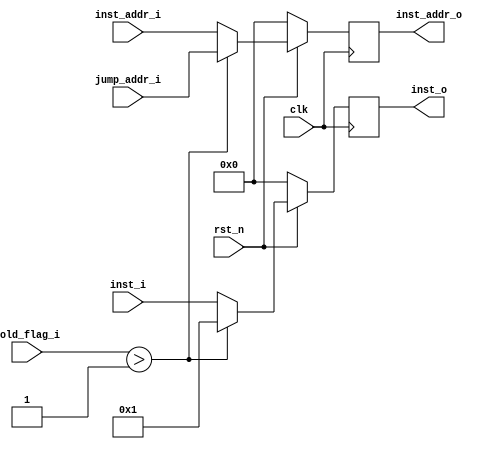
// instruction fetch

module if_id (
    input clk   ,
    input rst_n ,

    input [31:0] inst_addr_i,
    input [31:0] inst_i,
    input [31:0] jump_addr_i,
    input [2:0 ] hold_flag_i,
    output reg [31:0] inst_addr_o,
    output reg [31:0] inst_o
);

always @(posedge clk) begin
    if(!rst_n) begin
        inst_addr_o <= 32'd0;
    end
    else if(hold_flag_i > 3'd1) begin
        inst_addr_o <= jump_addr_i;
    end
    else begin
        inst_addr_o <= inst_addr_i;
    end
end

always @(posedge clk) begin
    if(!rst_n) begin
        inst_o <= 32'd0;
    end
    else if(hold_flag_i > 3'd1) begin
        inst_o <= 32'd1;
    end
    else begin
        inst_o <= inst_i;
    end
end

endmodule